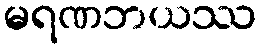
မရဏဘယဿ